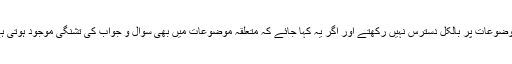
مگر غیر متعلقہ موضوعات پر بالکل دسترس نہیں رکھتے اور اگر یہ کہا جائے کہ متعلقہ موضوعات میں بھی سوال و جواب کی تشنگی موجود ہوتی ہے تو غلط نہ ہوگا۔